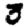
Digit: 3